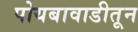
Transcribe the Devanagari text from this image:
पोयबावाडीतून